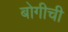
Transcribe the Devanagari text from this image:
बोगीची